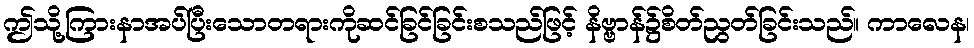
ဤသို့ကြားနာအပ်ပြီးသောတရားကိုဆင်ခြင်ခြင်းစသည်ဖြင့် နိဗ္ဗာန်၌စိတ်ညွတ်ခြင်းသည်။ ကာလေန၊